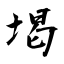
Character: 堨